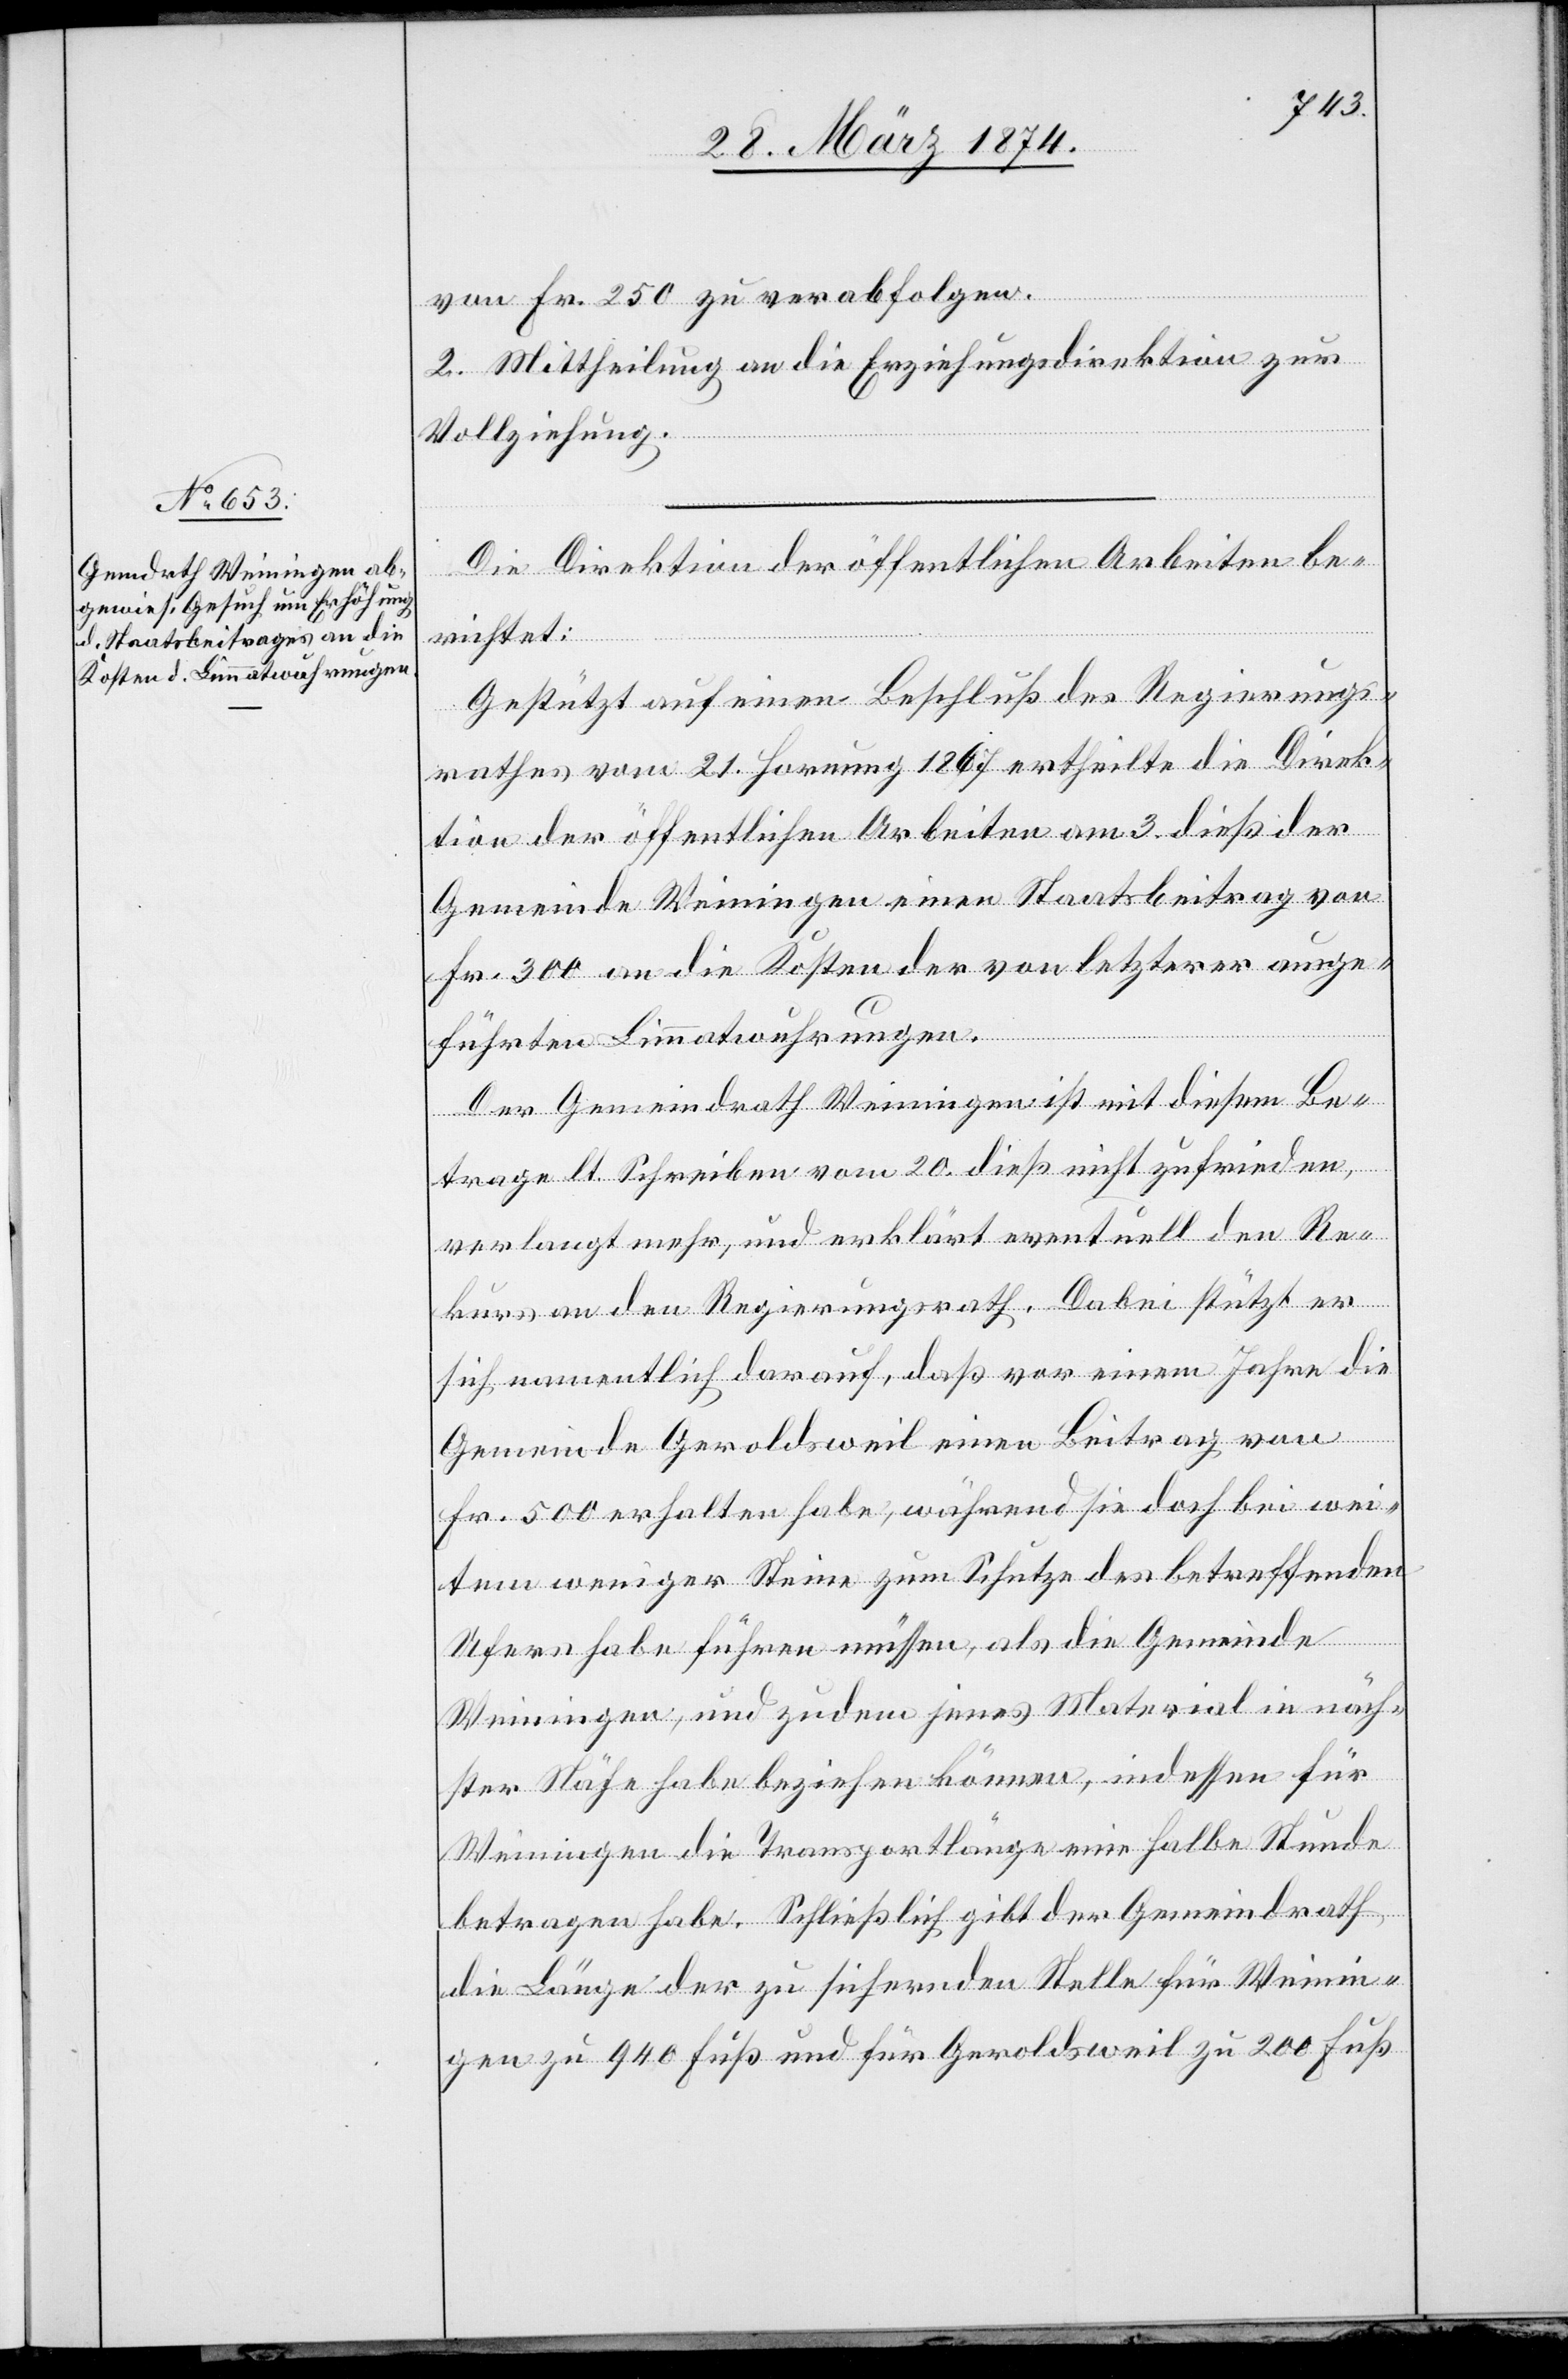
von Fr. 250 zu verabfolgen.
2. Mittheilung an die Erziehungsdirektion zur
Vollziehung.
Die Direktion der öffentlichen Arbeiten be¬
richtet:
Gestützt auf einen Beschluß des Regierungs¬
rathes vom 21. Hornung 1867 ertheilte die Direk¬
tion der öffentlichen Arbeiten am 3. dieß der
Gemeinde Weiningen einen Staatsbeitrag von
Fr. 300 an die Kosten der von letzterer ausge¬
führten Limmatwuhrungen.
Der Gemeindrath Weiningen ist mit diesem Be¬
trage lt. Schreiben vom 20. dieß nicht zufrieden,
verlangt mehr, und erklärt eventuell den Re¬
kurs an den Regierungsrath. Dabei stützt er
sich namentlich darauf, daß vor einem Jahre die
Gemeinde Geroldsweil einen Beitrag von
Fr. 500 erhalten habe, während sie doch bei wei¬
tem weniger Steine zum Schutze des betreffenden
Ufers habe führen müssen, als die Gemeinde
Weiningen, und zudem jenes Material in näch¬
ster Nähe habe beziehen können, indessen für
Weiningen die Transportlänge eine halbe Stunde
betragen habe. Schließlich gibt der Gemeindrath
die Länge der zu sichernden Stelle für Weinin¬
gen zu 940 Fuß und für Geroldsweil zu 200 Fuß